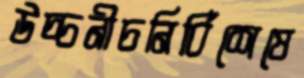
উচ্চনীচনির্বিশেষে